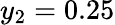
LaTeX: y_{2}=0.25